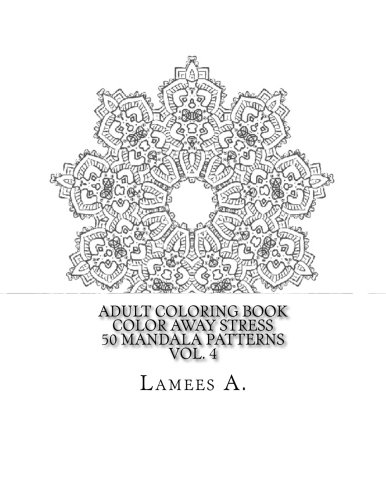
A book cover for Adult Coloring Book: Color Away Stress  50 Mandala Patterns  Vol. 4 (Adult Coloring Books); Lamees A.; Religion & Spirituality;